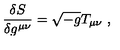
{ \frac { \delta S } { \delta g ^ { \mu \nu } } } = \sqrt { - g } T _ { \mu \nu } \ ,